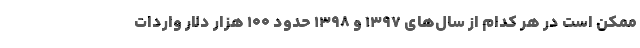
ممکن است در هر کدام از سال‌های ۱۳۹۷ و ۱۳۹۸ حدود ۱۰۰ هزار دلار واردات